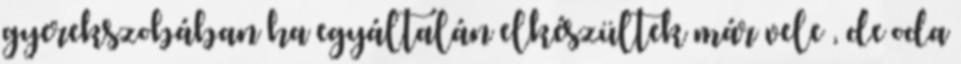
gyerekszobában ha egyáltalán elkészültek már vele , de oda